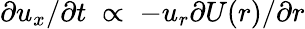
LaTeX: \partial u_{x}/\partial t\; \propto\; -u_{r}\partial U(r)/\partial r